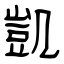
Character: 凱